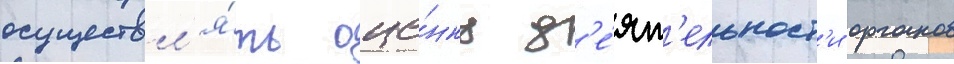
осуществл'я́ть оце́нку д'е́ят'ельност'и органов